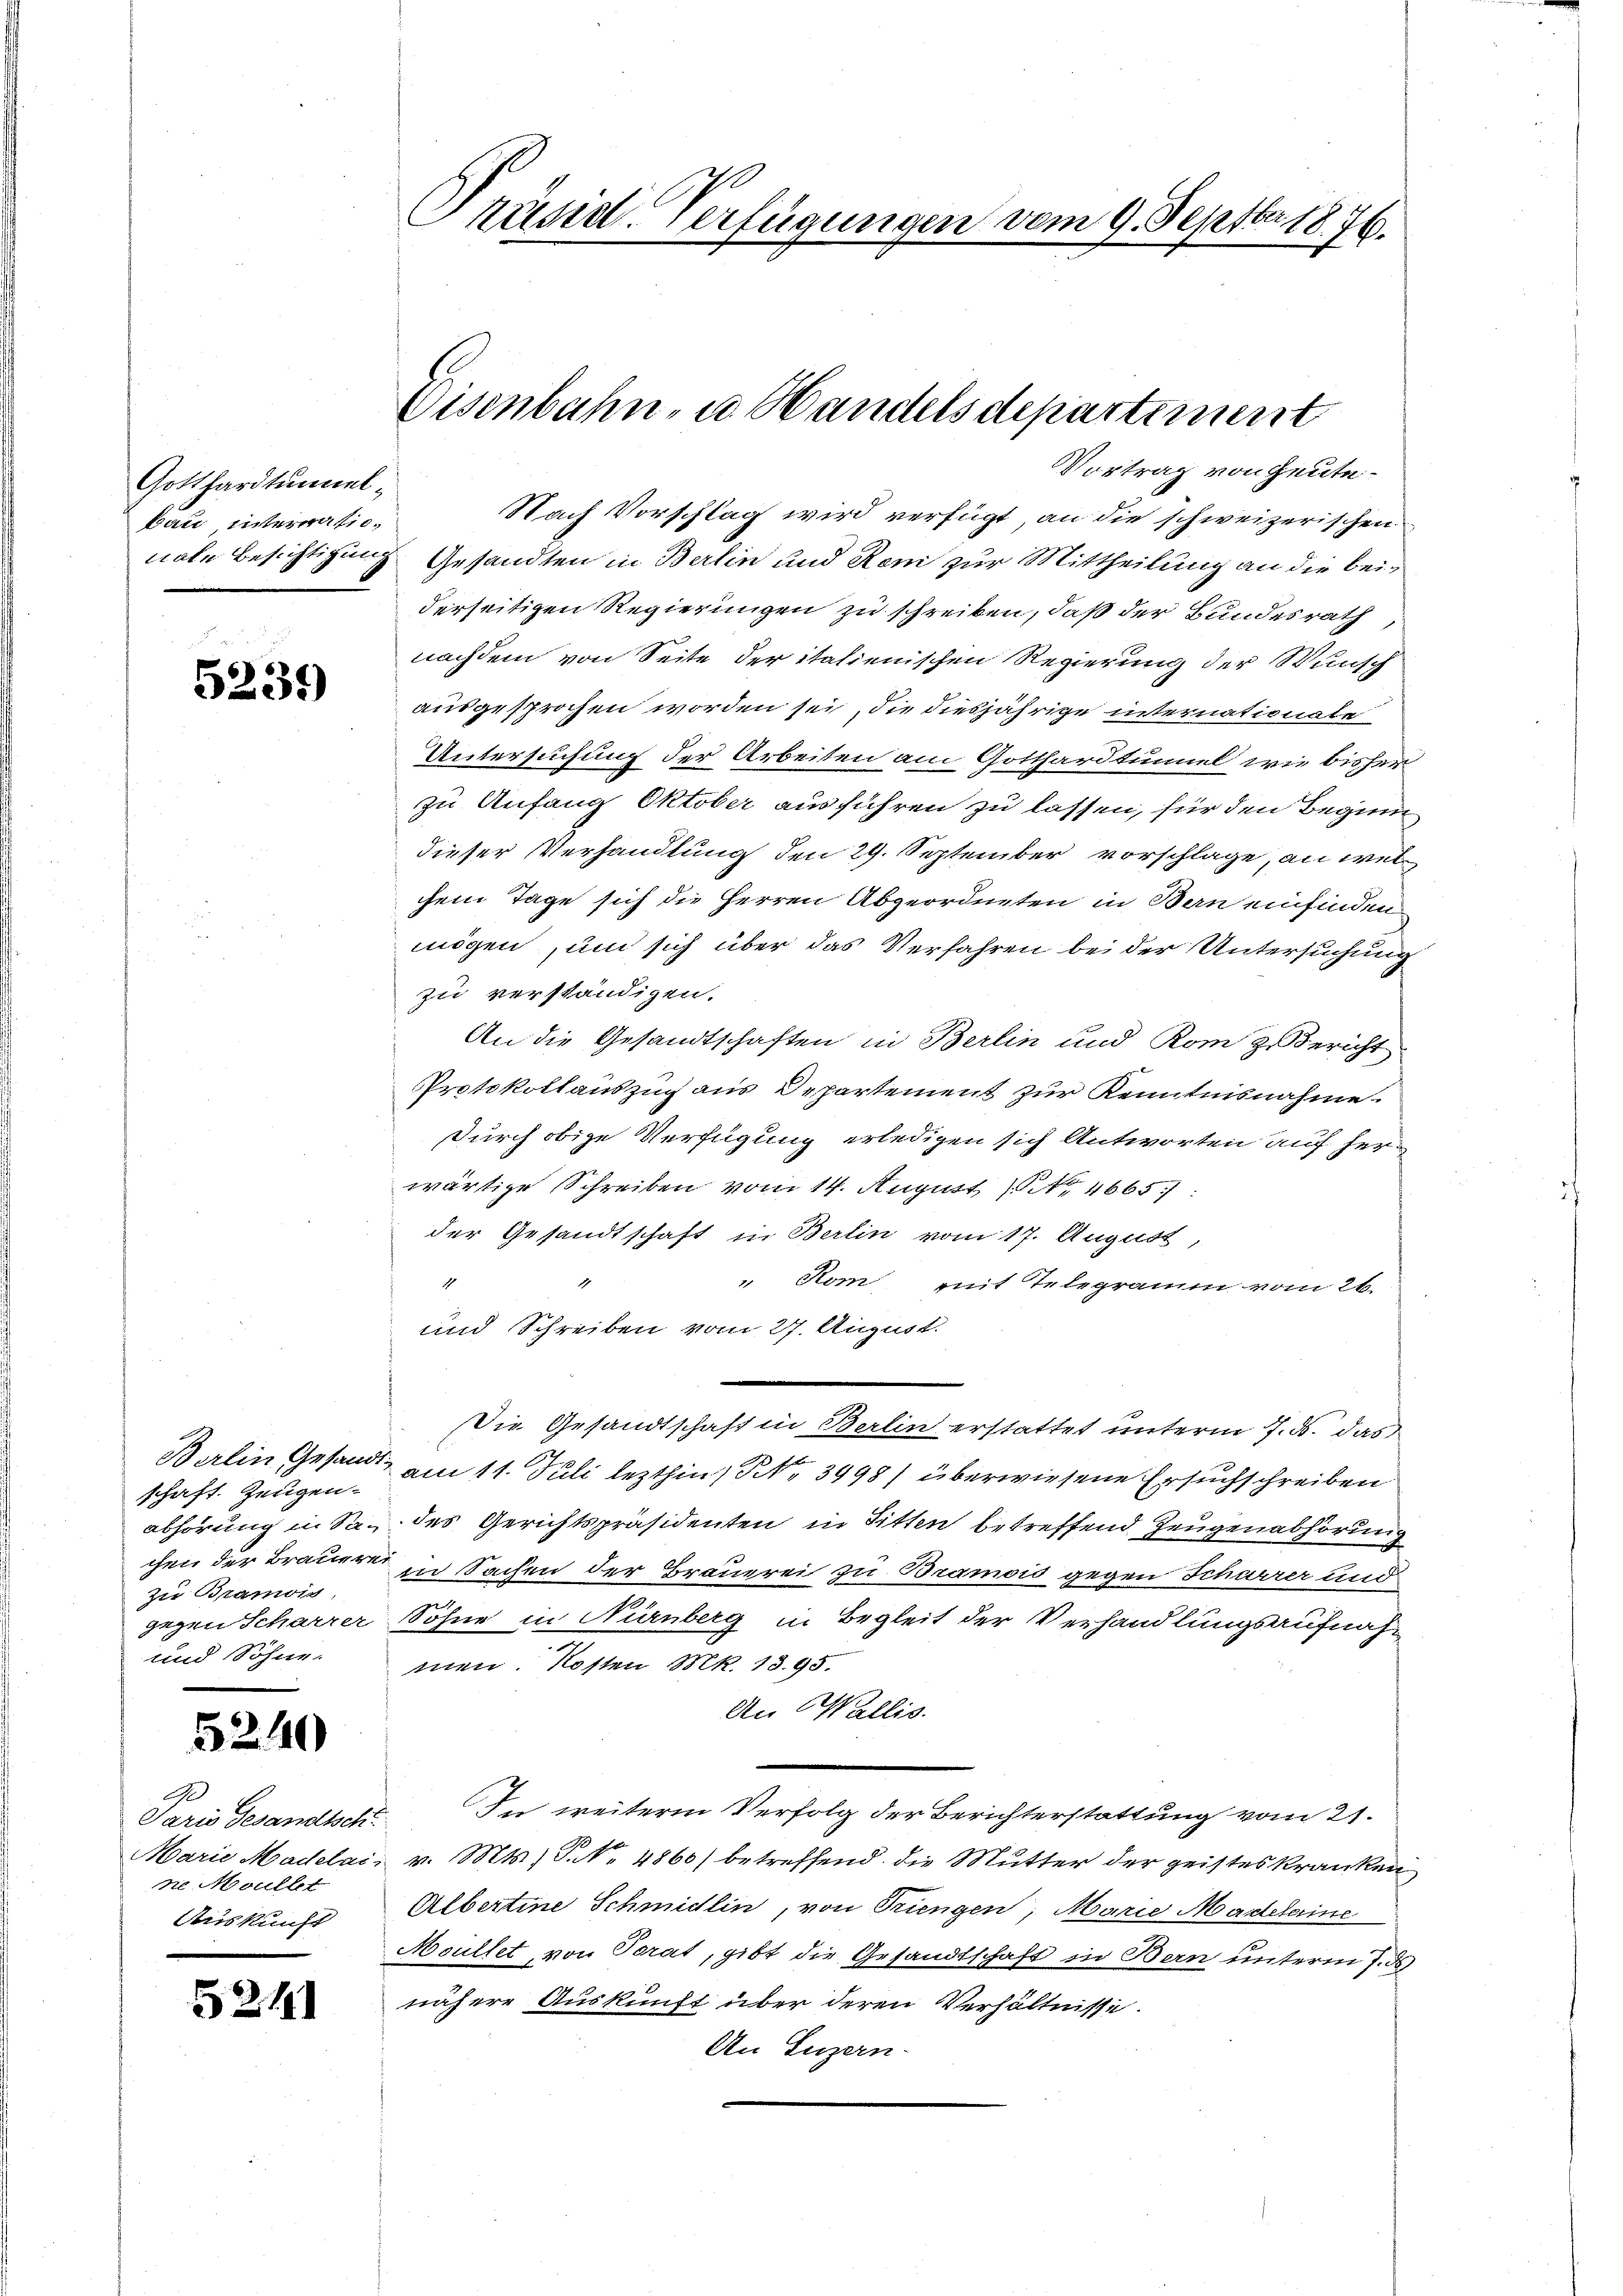
Gotthardtunnelbair internatio

5239)

schaft. Zeugen.
zu Bramois.
und Söhne.

5240

Paris Gesandtsch
ne Moullet
Auskunft

52141

Präsid Verfügungen vom 9. Septbr 1876.

Vortrag von Heute¬
Nach Vorschlag wird verfügt, an die schweizerischen
nate Besichtigung Gesandten in Berlin und Roni zur Mittheilung an die beiderseitigen Regierungen zu schreiben, daß der Bundesrath
nachdem von Seite der italienischen Regierung der Wunsch
ausgesprochen worden sei, die diesjährige internationate
Untersuchung der Arbeiten am Gotthardtunnel wie bisher
zu Anfang Oktober ausführen zu lassen, für den Beginn
dieser Verhandlung den 29. September vorschlage, an wel
chem Tage sich die Herren Abgeordneten in Bern einfinden
mögen, um sich über das Verfahren bei der Untersuchung
zu verständigen.
An die Gesandtschaften in Berlin und Rom gericht
Protokollauszug aus Departement zur Kenntnisnahme.
Durch obige Verfügung erledigen sich Antworten auf herwärtige Schreiben vom 14. August 1. 4665):
der Gesandtschaft in Berlin vom 17. August,
1
1
" Rom mit Telegramm vom 26.
und Schreiben vom 27. August.
Die Gesandtschaft in Berlin erstattet unterm 7. ds. das
Berlin Gesandt am 11. Juli lezthin, No 3998) überwiesene Ersuchschreiben
abhörung in San des Gerichtspräsidenten in Sitten betreffend Zeugenabhörung
chen der Brauer in Sachen der Brauerei zu Bramois gegen Scharrer und
gegen Scharrer Söhne in Nürnberg in Begleit der Verhandlungsaufnahmen. Kosten Mk. 1395.
An Wallis.
In weiterm Verfolg der Berichterstattung vom 21.
Marie Madelai v. Mts. S. 4860) betreffend die Mutter der geistes kranken
Albertine Schmidlin, von Triengen, Marie Madehaine
Moullet, von Torat, gibt die Gesandtschaft in Bern unterm 7. ds
nähere Auskunft über deren Verhältnisse.
An Luzern-

Disenbahn, u. Handels departement